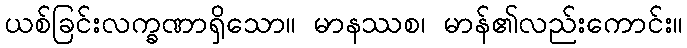
ယစ်ခြင်းလက္ခဏာရှိသော။ မာနဿစ၊ မာန်၏လည်းကောင်း။